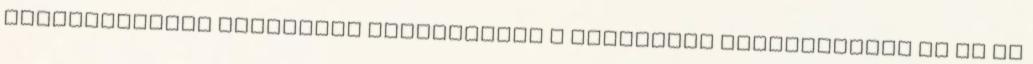
átalakulására vonatkozó szabályozás a társasági törvényekben és az új